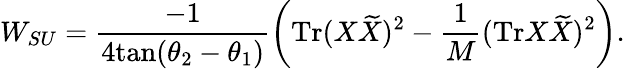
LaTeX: W_{SU}=\frac{-1}{4\mathrm{tan}(\theta_{2}-\theta_{1})}\left(\mathrm{Tr}(X{\widetilde X})^{2}-\frac{1}{M}(\mathrm{Tr}X{\widetilde X})^{2}\right).